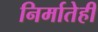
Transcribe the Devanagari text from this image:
निर्मातेही